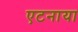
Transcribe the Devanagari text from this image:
एटनाया